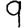
Digit: 9